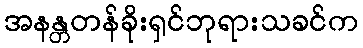
အနန္တတန်ခိုးရှင်ဘုရားသခင်က